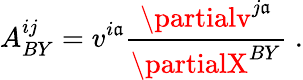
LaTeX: A_{BY}^{ij}=v^{i\mathfrak{a}}{\frac{{\partialv^{j\mathfrak{a}}}}{{\partialX^{BY}}}}\; .